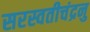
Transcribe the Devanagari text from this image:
सरस्वतीचंद्रनु